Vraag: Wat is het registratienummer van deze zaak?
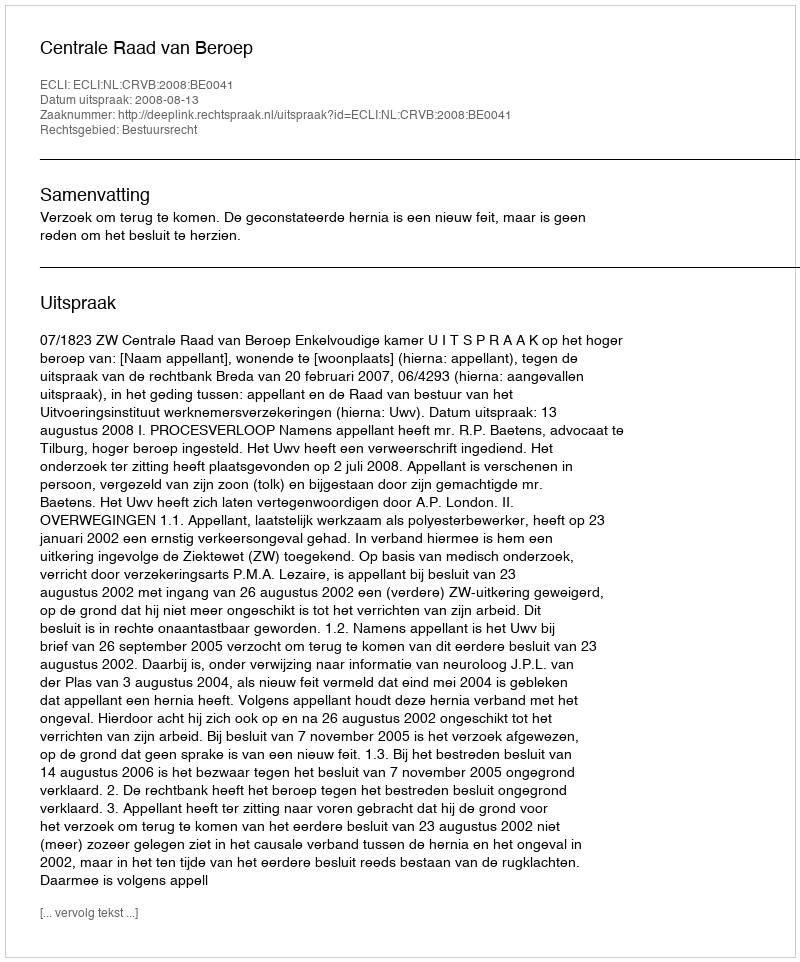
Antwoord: http://deeplink.rechtspraak.nl/uitspraak?id=ECLI:NL:CRVB:2008:BE0041